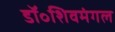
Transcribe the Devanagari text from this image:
डॉ॰शिवमंगल